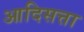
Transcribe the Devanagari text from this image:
आदिसत्ता